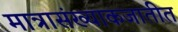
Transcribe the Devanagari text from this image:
मात्रासंख्याकजातीत